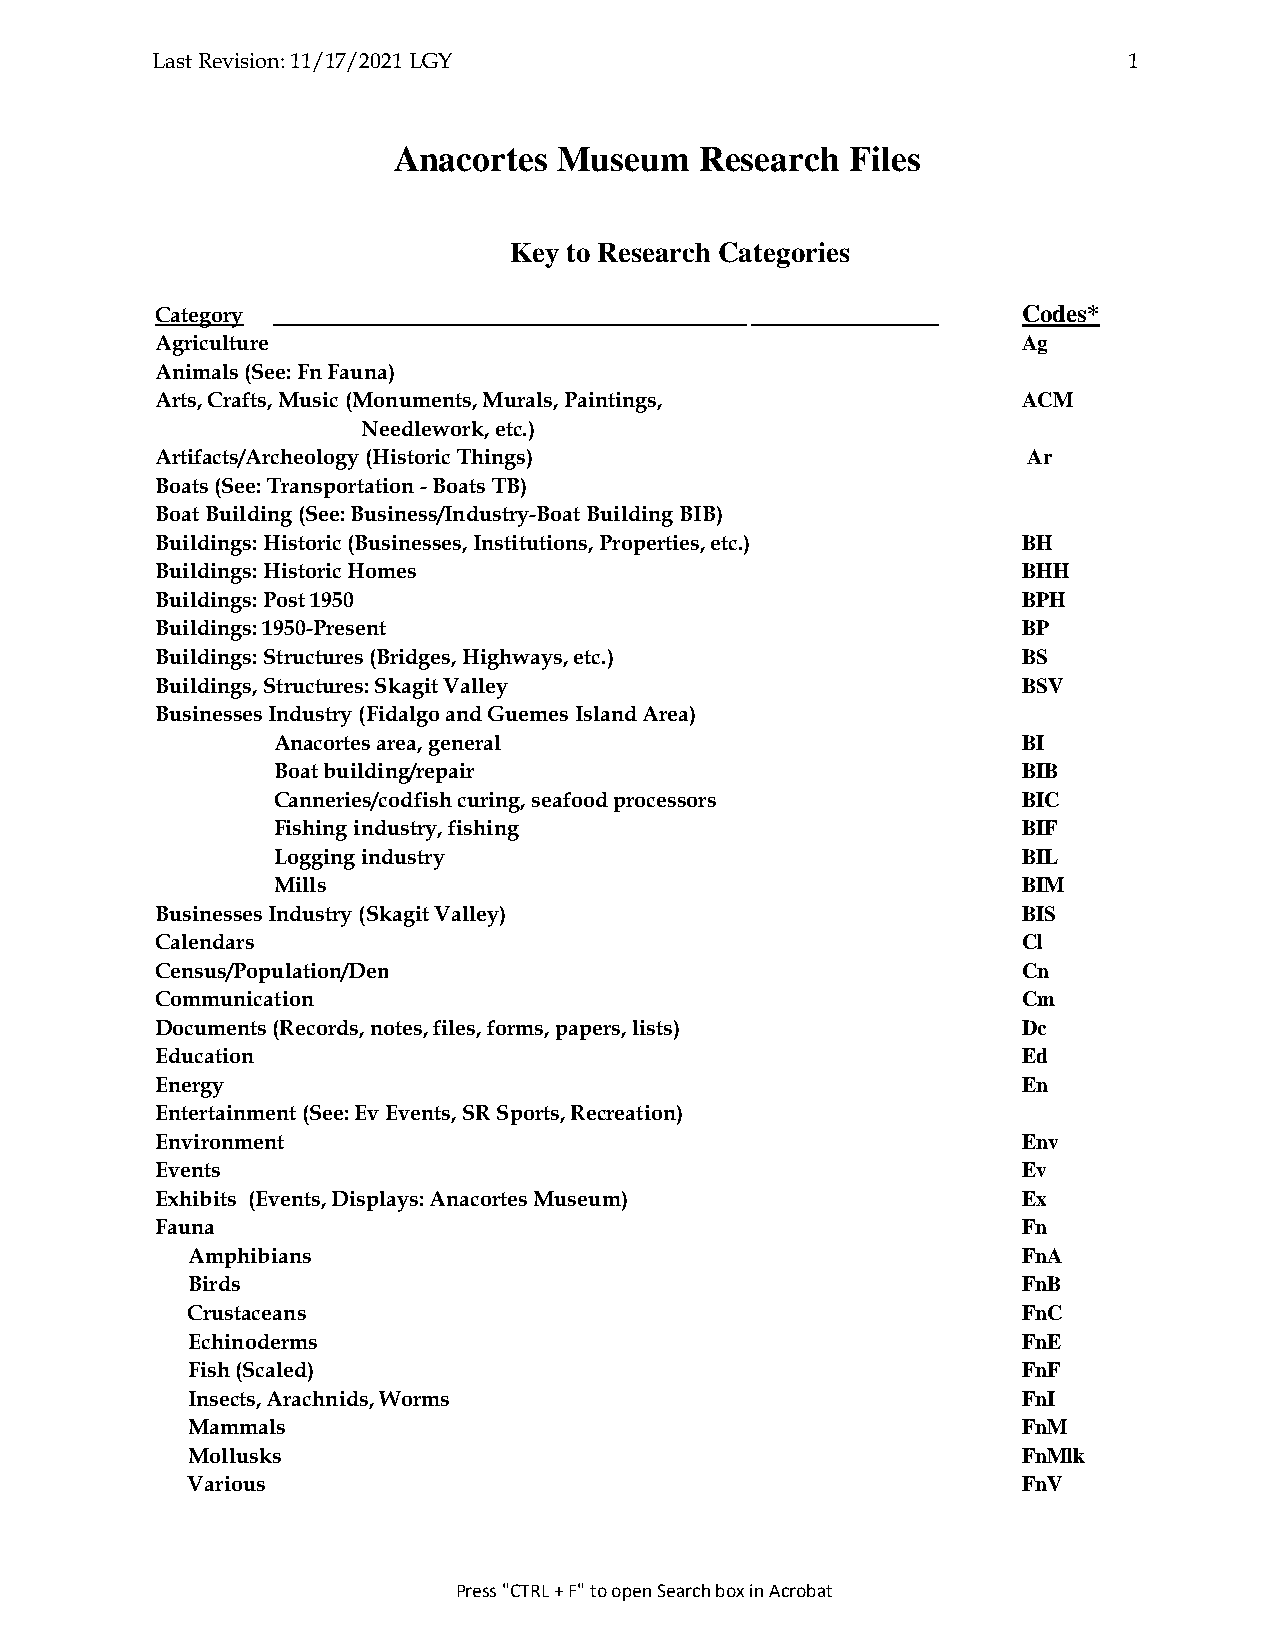
Last Revision: 11/17/2021 LGY                                    1
 Anacortes  Museum   Research  Files
 Key to Research Categories
 Category                                   .              Codes*
 Agriculture                                               Ag
 Animals (See: Fn Fauna)
 Arts, Crafts, Music (Monuments, Murals, Paintings,        ACM
 Needlework, etc.)
 Artifacts/Archeology (Historic Things)                    Ar
 Boats (See: Transportation - Boats TB)
 Boat Building (See: Business/Industry-Boat Building BIB)
 Buildings: Historic (Businesses, Institutions, Properties, etc.) BH
 Buildings: Historic Homes                                 BHH
 Buildings: Post 1950                                      BPH
 Buildings: 1950-Present                                   BP
 Buildings: Structures (Bridges, Highways, etc.)           BS
 Buildings, Structures: Skagit Valley                      BSV
 Businesses Industry (Fidalgo and Guemes Island Area)
 Anacortes area, general                           BI
 Boat building/repair                              BIB
 Canneries/codfish curing, seafood processors      BIC
 Fishing industry, fishing                         BIF
 Logging industry                                  BIL
 Mills                                             BIM
 Businesses Industry (Skagit Valley)                       BIS
 Calendars                                                 Cl
 Census/Population/Dem ographics                           Cn
 Communication                                             Cm
 Documents (Records, notes, files, forms, papers, lists)   Dc
 Education                                                 Ed
 Energy                                                    En
 Entertainment (See: Ev Events, SR Sports, Recreation)
 Environment                                               Env
 Events                                                    Ev
 Exhibits (Events, Displays: Anacortes Museum)             Ex
 Fauna                                                     Fn
 Amphibians                                              FnA
 Birds                                                   FnB
 Crustaceans                                             FnC
 Echinoderms                                             FnE
 Fish (Scaled)                                           FnF
 Insects, Arachnids, Worms                               FnI
 Mammals                                                 FnM
 Mollusks                                                FnMlk
 Various                                                 FnV
 Press "CTRL + F" to open Search box in Acrobat